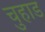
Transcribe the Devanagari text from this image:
चुहाड